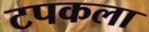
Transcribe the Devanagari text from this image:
टपकला